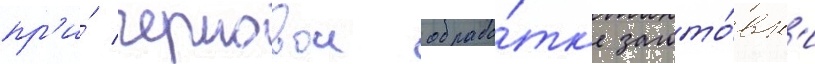
пр'и́ черновои обрабо́тк'е загото́вк'и